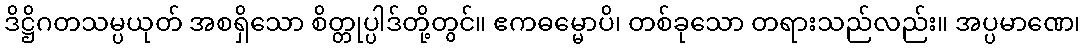
ဒိဋ္ဌိဂတသမ္ပယုတ် အစရှိသော စိတ္တုပ္ပါဒ်တို့တွင်။ ဧကဓမ္မောပိ၊ တစ်ခုသော တရားသည်လည်း။ အပ္ပမာဏေ၊